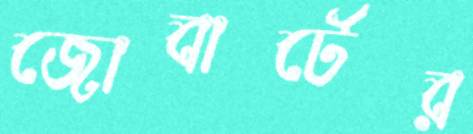
জোবার্টের